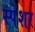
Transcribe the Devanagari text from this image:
स्पेंशर